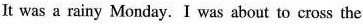
It was a rainy Monday.I was about to cross the